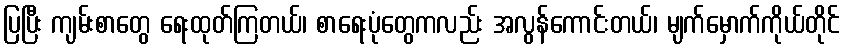
ပြပြီး ကျမ်းစာတွေ ရေးထုတ်ကြတယ်၊ စာရေးပုံတွေကလည်း အလွန်ကောင်းတယ်၊ မျက်မှောက်ကိုယ်တိုင်